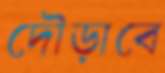
দৌড়াবে